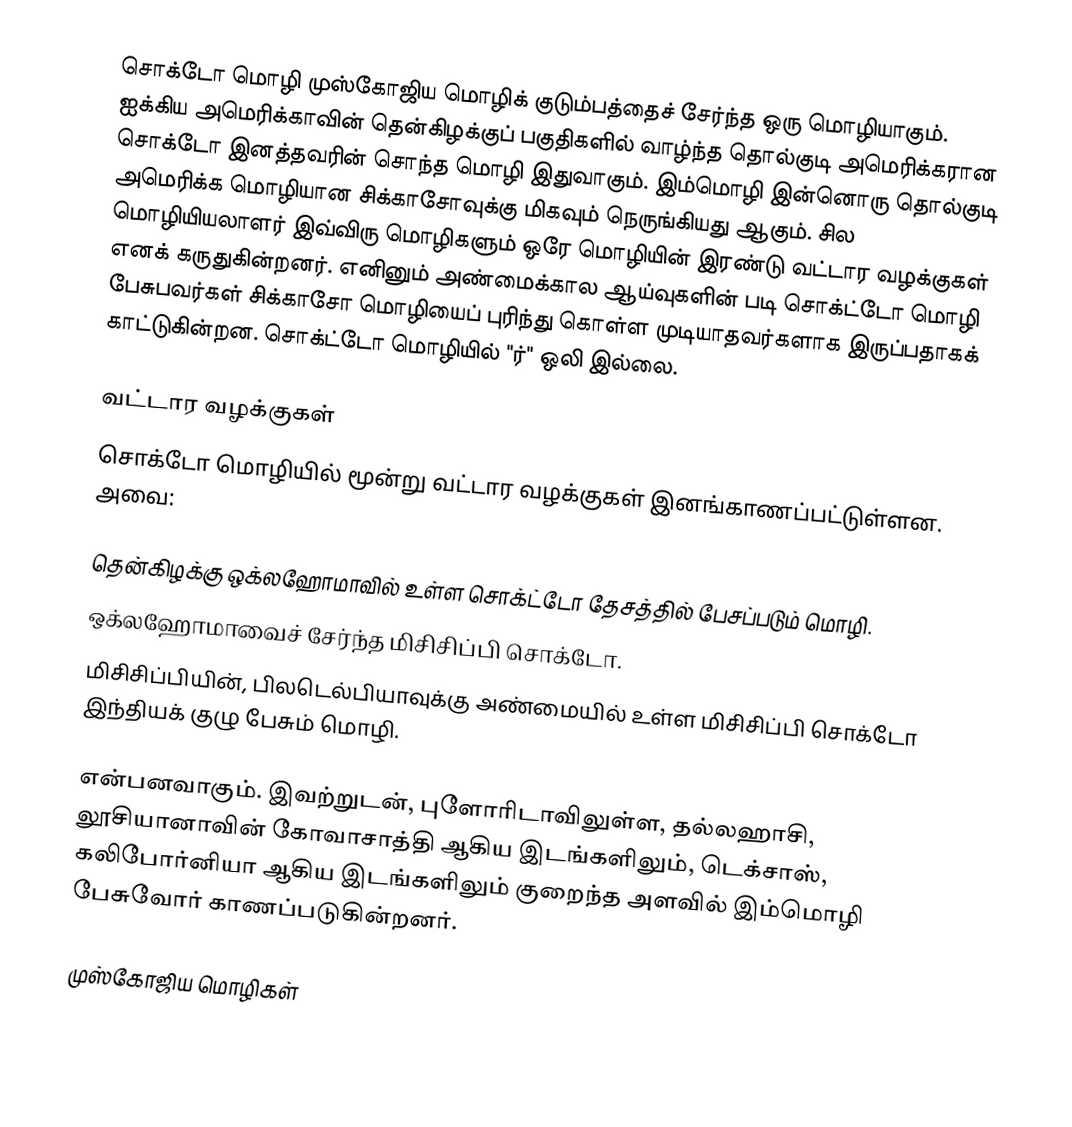
சொக்டோ மொழி முஸ்கோஜிய மொழிக் குடும்பத்தைச் சேர்ந்த ஒரு மொழியாகும். ஐக்கிய அமெரிக்காவின் தென்கிழக்குப் பகுதிகளில் வாழ்ந்த தொல்குடி அமெரிக்கரான சொக்டோ இனத்தவரின் சொந்த மொழி இதுவாகும். இம்மொழி இன்னொரு தொல்குடி அமெரிக்க மொழியான சிக்காசோவுக்கு மிகவும் நெருங்கியது ஆகும். சில மொழியியலாளர் இவ்விரு மொழிகளும் ஒரே மொழியின் இரண்டு வட்டார வழக்குகள் எனக் கருதுகின்றனர். எனினும் அண்மைக்கால ஆய்வுகளின் படி சொக்ட்டோ மொழி பேசுபவர்கள் சிக்காசோ மொழியைப் புரிந்து கொள்ள முடியாதவர்களாக இருப்பதாகக் காட்டுகின்றன. சொக்ட்டோ மொழியில் "ர்" ஒலி இல்லை.

வட்டார வழக்குகள்
சொக்டோ மொழியில் மூன்று வட்டார வழக்குகள் இனங்காணப்பட்டுள்ளன. அவை:

 தென்கிழக்கு ஒக்லஹோமாவில் உள்ள சொக்ட்டோ தேசத்தில் பேசப்படும் மொழி.
 ஒக்லஹோமாவைச் சேர்ந்த மிசிசிப்பி சொக்டோ.
 மிசிசிப்பியின், பிலடெல்பியாவுக்கு அண்மையில் உள்ள மிசிசிப்பி சொக்டோ இந்தியக் குழு பேசும் மொழி.

என்பனவாகும். இவற்றுடன், புளோரிடாவிலுள்ள, தல்லஹாசி, லூசியானாவின் கோவாசாத்தி ஆகிய இடங்களிலும், டெக்சாஸ், கலிபோர்னியா ஆகிய இடங்களிலும் குறைந்த அளவில் இம்மொழி பேசுவோர் காணப்படுகின்றனர்.

முஸ்கோஜிய மொழிகள்